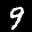
Label: 9